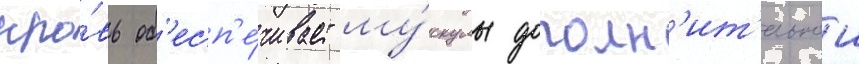
кро́вь об'есп'е́чивает му́скулы дополн'ит'ельнои